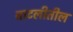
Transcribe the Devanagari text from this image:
बाटलीतील